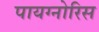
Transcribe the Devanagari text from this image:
पायग्नोरिस